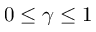
0 \leq \gamma \leq 1